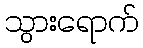
သွားရောက်